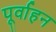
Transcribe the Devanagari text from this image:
पूर्वाहन